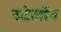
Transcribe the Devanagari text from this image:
स्टेलॉन